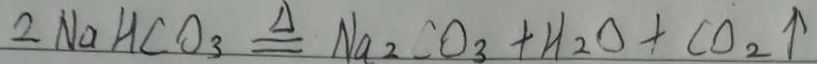
2 N a H C O _ { 3 } \xlongequal { \Delta } N a _ { 2 } C O _ { 3 } + H _ { 2 } O + C O _ { 2 } \uparrow